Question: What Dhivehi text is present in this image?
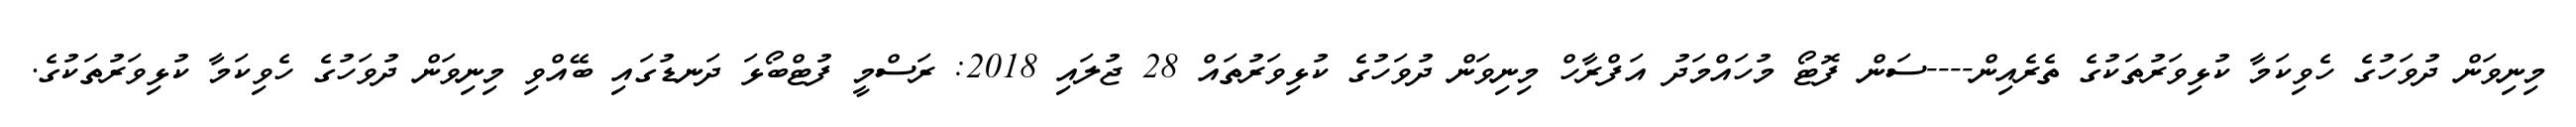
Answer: މިނިވަން ދުވަހުގެ ހެވިކަމާ ކުޅިވަރުތަކުގެ ތެރެއިން----ސަން ފޮޓޯ މުހައްމަދު އަފްރާހް މިނިވަން ދުވަހުގެ ކުޅިވަރުތައް 28 ޖުލައި 2018: ރަސްމީ ފުޓްބޯޅަ ދަނޑުގައި ބޭއްވި މިނިވަން ދުވަހުގެ ހެވިކަމާ ކުޅިވަރުތަކުގެ.